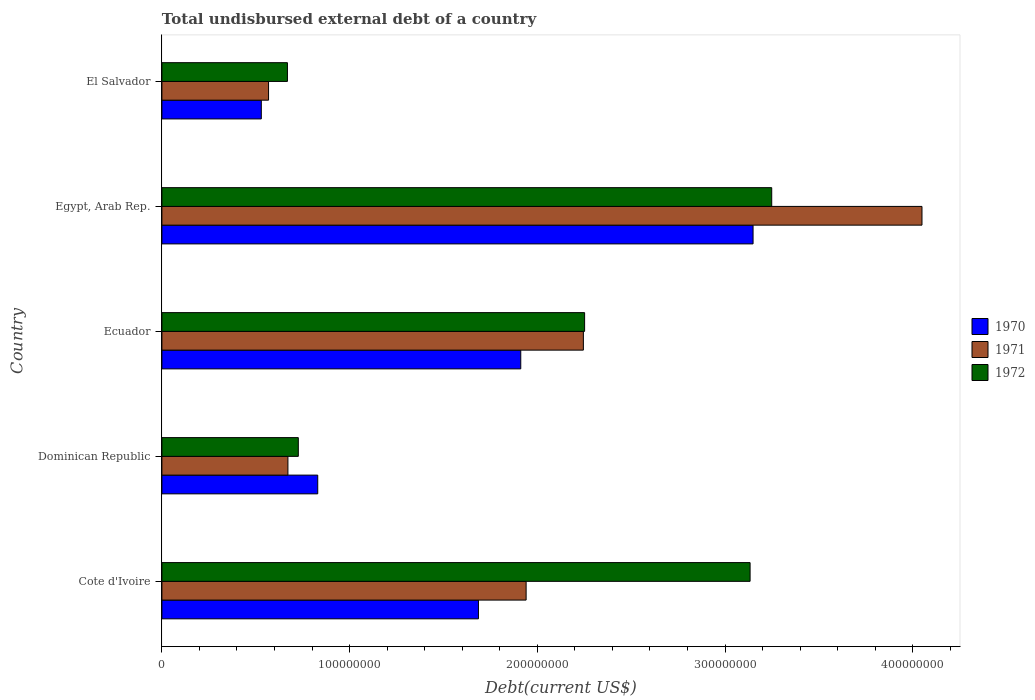
| Country | 1970 | 1971 | 1972 |
 | --- | --- | --- | --- |
 | Cote d'Ivoire | 1.69e+08 | 1.94e+08 | 3.13e+08 |
 | Dominican Republic | 8.3e+07 | 6.71e+07 | 7.27e+07 |
 | Ecuador | 1.91e+08 | 2.25e+08 | 2.25e+08 |
 | Egypt, Arab Rep. | 3.15e+08 | 4.05e+08 | 3.25e+08 |
 | El Salvador | 5.3e+07 | 5.68e+07 | 6.69e+07 |